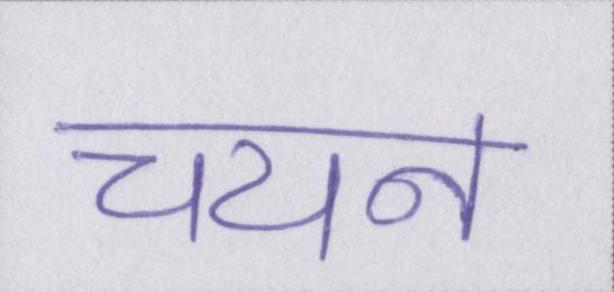
चयन